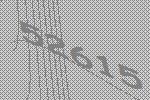
52615